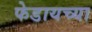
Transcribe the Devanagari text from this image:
फेडायच्या